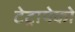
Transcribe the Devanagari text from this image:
टेट्रापेको